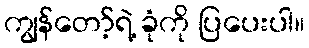
ကျွန်တော့်ရဲ့ ခုံကို ပြပေးပါ။